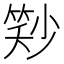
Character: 𬕓